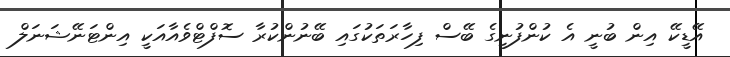
އޭޑީކޭ އިން ބުނީ އެ ކުންފުނީގެ ބޭސް ފިހާރަތަކުގައި ބޭނުންކުރާ ސޮފްޓްވެއާއަކީ އިންޓަނޭޝަނަލް